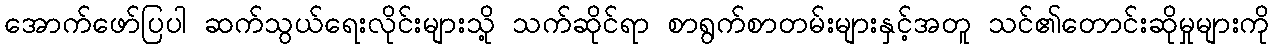
အောက်ဖော်ပြပါ ဆက်သွယ်ရေးလိုင်းများသို့ သက်ဆိုင်ရာ စာရွက်စာတမ်းများနှင့်အတူ သင်၏တောင်းဆိုမှုများကို